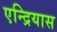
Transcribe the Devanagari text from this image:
एन्द्रियास